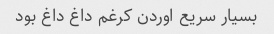
بسیار سریع اوردن کرغم داغ داغ بود